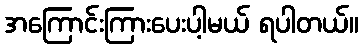
အကြောင်းကြားပေးပါ့မယ် ရပါတယ်။